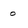
Character: 0